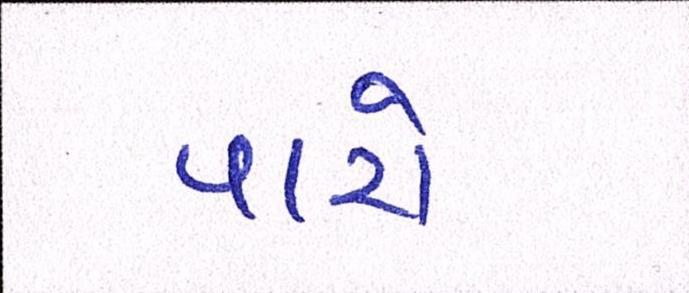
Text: પારો